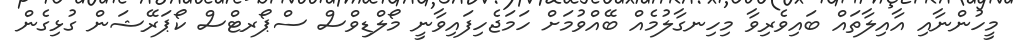
މީހުންނާއި އާއިލާތައް ބައިވެރިވާ މިހިނގާލުމެއް ބޭއްވުމަށް ހަމަޖެހިފައިވާނީ މޯލްޑިވްސް ސްޕޯރޓްސް ކޯޕަރޭޝަން ގުޅިގެން